Lunatic asylums Burma 1907-21 - 1907-1921
Year: 1907
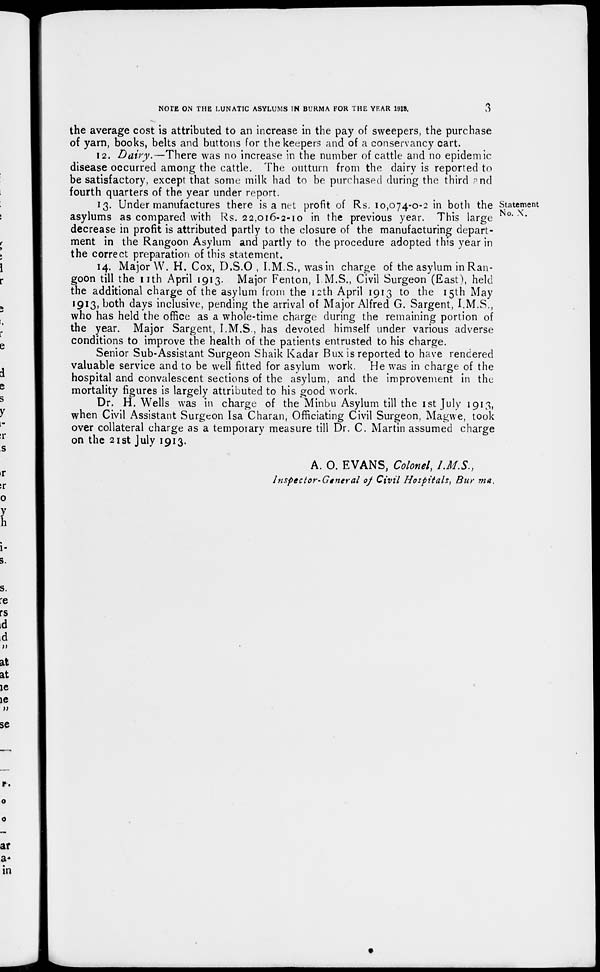
NOTE ON THE LUNATIC ASYLUMS IN BURMA FOR THE YEAR 1913.
3
the average cost is attributed to an increase in the pay of sweepers, the purchase
of yarn, books, belts and buttons for the keepers and of a conservancy cart.
12. Dairy.—There was no increase in the number of cattle and no epidemic
disease occurred among the cattle. The outturn from the dairy is reported to
be satisfactory, except that some milk had to be purchased during the third and
fourth quarters of the year under report.
Statement
No. X.
13. Under manufactures there is a net profit of Rs. 10,074-0-2 in both the
asylums as compared with Rs. 22,016-2-10 in the previous year. This large
decrease in profit is attributed partly to the closure of the manufacturing depart-
ment in the Rangoon Asylum and partly to the procedure adopted this year in
the correct preparation of this statement.
14. Major W. H. Cox, D.S.O , I.M.S., was in charge of the asylum in Ran-
goon till the 11th April 1913. Major Fenton, I.M.S., Civil Surgeon (East), held
the additional charge of the asylum from the 12th April 1913 to the 15th May
1913,both days inclusive, pending the arrival of Major Alfred G. Sargent, I.M.S.,
who has held the office as a whole-time charge during the remaining portion of
the year. Major Sargent, I.M.S., has devoted himself under various adverse
conditions to improve the health of the patients entrusted to his charge.
Senior Sub-Assistant Surgeon Shaik Kadar Bux is reported to have rendered
valuable service and to be well fitted for asylum work. He was in charge of the
hospital and convalescent sections of the asylum, and the improvement in the
mortality figures is largely attributed to his good work.
Dr. H. Wells was in charge of the Minbu Asylum till the 1st July 1913,
when Civil Assistant Surgeon Isa Charan, Officiating Civil Surgeon, Magwe, took
over collateral charge as a temporary measure till Dr. C. Martin assumed charge
on the 21st July 1913.
A. O. EVANS, Colonel, I.M.S.,
Inspector-General of Civil Hospitals,
Burma.